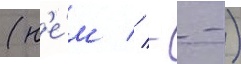
(н'е́м // - -)